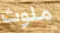
ملوث